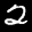
Label: 2